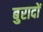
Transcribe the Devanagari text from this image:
बुरादों